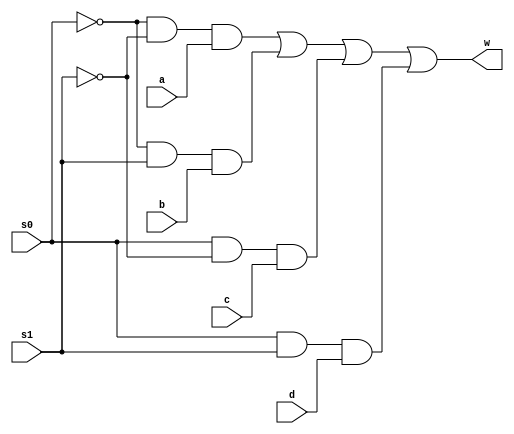
`timescale 1ns/1ns
module my_multiplexer(input s0,s1,a,b,c,d,output w);
	assign w = (~s0&~s1&a) | (~s0&s1&b) | (s0&~s1&c) | (s0&s1&d);
endmodule